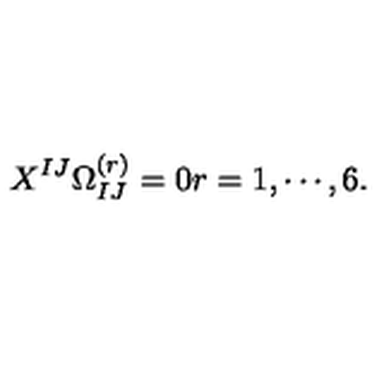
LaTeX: X ^ { I J } \Omega _ { I J } ^ { ( r ) } = 0 r = 1 , \cdots , 6 .